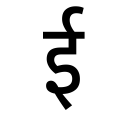
OCR:
ई